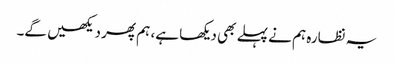
یہ نظارہ ہم نے پہلے بھی دیکھا ہے، ہم پھر دیکھیں گے۔